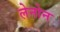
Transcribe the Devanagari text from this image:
लेनोन